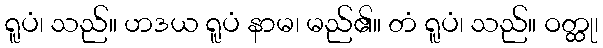
ရူပံ၊ သည်။ ဟဒယ ရူပံ နာမ၊ မည်၏။ တံ ရူပံ၊ သည်။ ဝတ္ထု၊